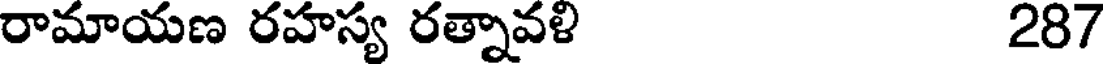
రామాయణ రహస్య రత్నావళి 287